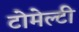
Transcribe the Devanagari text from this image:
टोमेल्टी